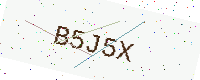
Text: B5J5X